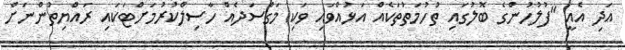
އަދި އެއީ "ފުލުހުންގެ ބޮލުގައި ތުހުމަތުތަކެއް އަޅުއްވައި ވަކި މަގްސަދެއް ހާސިލްކުރުމަށްޓަކައި ރައްޔިތުންނަށް